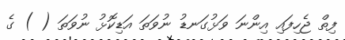
ފިތް ޖެހިފައި އިންނަ ވަޅުގަނޑު ނުވަތަ އަޑިކޮޅު ނުވަތަ ( ) ގެ